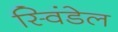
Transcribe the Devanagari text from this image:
स्विंडेल